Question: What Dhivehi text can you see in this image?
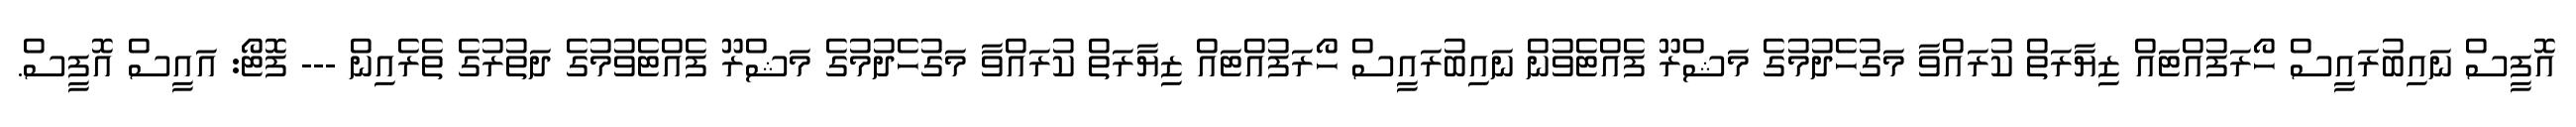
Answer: އޮފީސް ނައިބުރައީސް ހޯރަފުއްޓައް ޒިޔާރަތް ކުރައްވާ މަގުހެދުމުގެ މަޝްރޫ ފެއްޓެވުން ނައިބުރައީސް ހޯރަފުއްޓައް ޒިޔާރަތް ކުރައްވާ މަގުހެދުމުގެ މަޝްރޫ ފެއްޓެވުމުގެ ދަތުރުގެ ތެރެއިން --- ފޮޓޯ: އައީސް އޮފީސް.